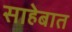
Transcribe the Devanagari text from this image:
साहेबात